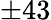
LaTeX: \pm 43